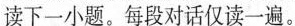
读下一小题。每段对话仅读一遍.。